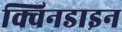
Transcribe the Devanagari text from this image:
क्विनडाइन